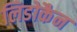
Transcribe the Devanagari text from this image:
लिडोकैन